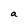
Character: a